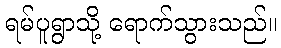
ရမ်ပူရွာသို့ ရောက်သွားသည်။